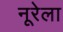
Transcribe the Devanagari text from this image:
नूरेला